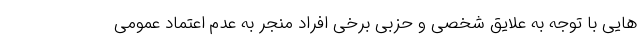
هایی با توجه به علایق شخصی و حزبی برخی افراد منجر به عدم اعتماد عمومی